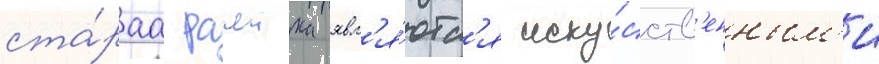
ста́раа рачеика явл'я́ютс'я иску́сств'енным'и